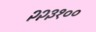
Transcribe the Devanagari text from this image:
२२३१००